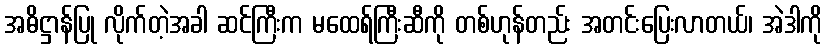
အဓိဋ္ဌာန်ပြု လိုက်တဲ့အခါ ဆင်ကြီးက မထေရ်ကြီးဆီကို တစ်ဟုန်တည်း အတင်းပြေးလာတယ်၊ အဲဒါကို